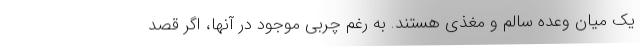
یک میان وعده سالم و مغذی هستند. به رغم چربی موجود در آنها، اگر قصد